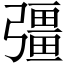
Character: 彊